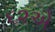
૬૨એ